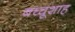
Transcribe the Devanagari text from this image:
बच्चूशाह